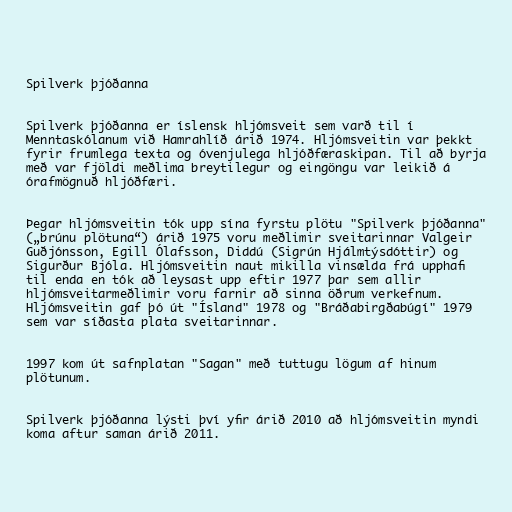
Spilverk þjóðanna

Spilverk þjóðanna er íslensk hljómsveit sem varð til í
Menntaskólanum við Hamrahlíð árið 1974. Hljómsveitin var þekkt
fyrir frumlega texta og óvenjulega hljóðfæraskipan. Til að byrja
með var fjöldi meðlima breytilegur og eingöngu var leikið á
órafmögnuð hljóðfæri.

Þegar hljómsveitin tók upp sína fyrstu plötu "Spilverk þjóðanna"
(„brúnu plötuna“) árið 1975 voru meðlimir sveitarinnar Valgeir
Guðjónsson, Egill Ólafsson, Diddú (Sigrún Hjálmtýsdóttir) og
Sigurður Bjóla. Hljómsveitin naut mikilla vinsælda frá upphafi
til enda en tók að leysast upp eftir 1977 þar sem allir
hljómsveitarmeðlimir voru farnir að sinna öðrum verkefnum.
Hljómsveitin gaf þó út "Ísland" 1978 og "Bráðabirgðabúgí" 1979
sem var síðasta plata sveitarinnar.

1997 kom út safnplatan "Sagan" með tuttugu lögum af hinum
plötunum.

Spilverk þjóðanna lýsti því yfir árið 2010 að hljómsveitin myndi
koma aftur saman árið 2011.